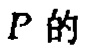
$P$的